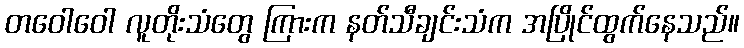
တဝေါဝေါ လူတိုးသံတွေ ကြားက နတ်သီချင်းသံက အပြိုင်ထွက်နေသည်။